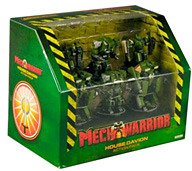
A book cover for Mechwarrior House Davion Action Pack; Science Fiction & Fantasy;